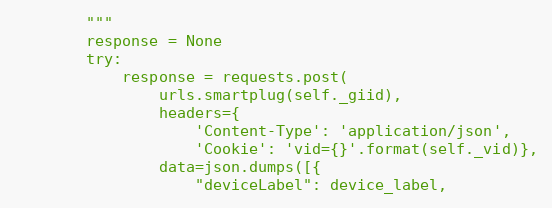
Language: Python
        """
        response = None
        try:
            response = requests.post(
                urls.smartplug(self._giid),
                headers={
                    'Content-Type': 'application/json',
                    'Cookie': 'vid={}'.format(self._vid)},
                data=json.dumps([{
                    "deviceLabel": device_label,